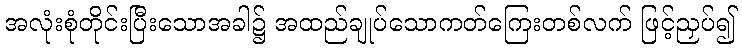
အလုံးစုံတိုင်းပြီးသောအခါ၌ အထည်ချုပ်သောကတ်ကြေးတစ်လက် ဖြင့်ညှပ်၍